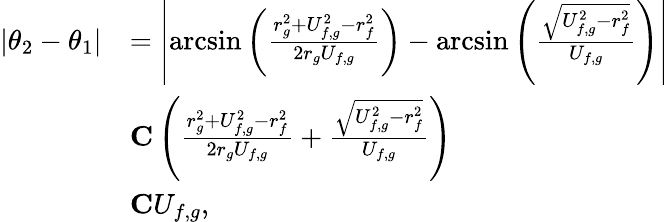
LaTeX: \begin{array}{rl}{|\theta_{2}-\theta_{1}|}&{=\left|\arcsin\left(\frac{r_{g}^{2}+U_{f,g}^{2}-r_{f}^{2}}{2r_{g}U_{f,g}}\right)-\arcsin\left(\frac{\sqrt{U_{f,g}^{2}-r_{f}^{2}}}{U_{f,g}}\right)\right|}\\ &{\le C\left(\frac{r_{g}^{2}+U_{f,g}^{2}-r_{f}^{2}}{2r_{g}U_{f,g}}+\frac{\sqrt{U_{f,g}^{2}-r_{f}^{2}}}{U_{f,g}}\right)}\\ &{\le CU_{f,g},}\end{array}